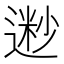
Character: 𫐽